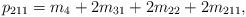
LaTeX: \begin{align*} p_{211} = m_4 + 2m_{31} + 2m_{22} + 2m_{211},\end{align*}